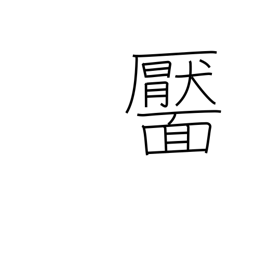
Meaning: dimple